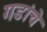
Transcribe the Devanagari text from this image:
गडांचे